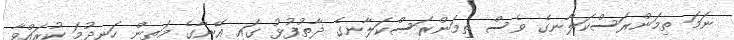
ނަމަ ތިމަންރަސްކަލާނގެ ވެސް ތިމަންރަސްކަލާނގެ ޛާތުފުޅު ގައި އޭނާގެ މަތިން ހަނދުމަ ކުރައްވާ